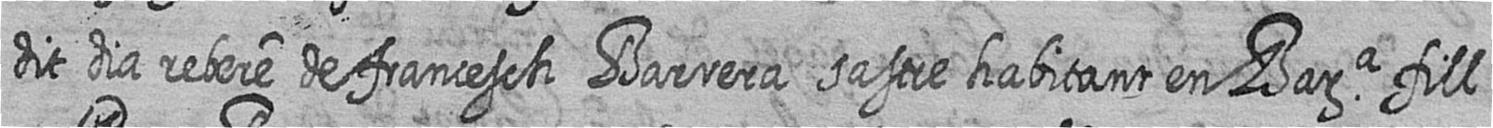
dit dia rebere de francesch Barrera sastre habitant en Bara fill